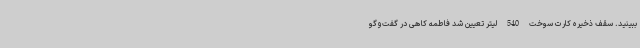
ببینید. سقف ذخیره کارت سوخت 540 لیتر تعیین شد فاطمه کاهی در گفت‌وگو